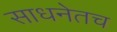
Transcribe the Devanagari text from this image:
साधनेतच